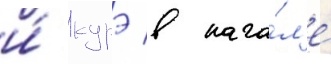
и́ курэ в нача́л'е